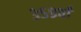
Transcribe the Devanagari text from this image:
३५९वाँ